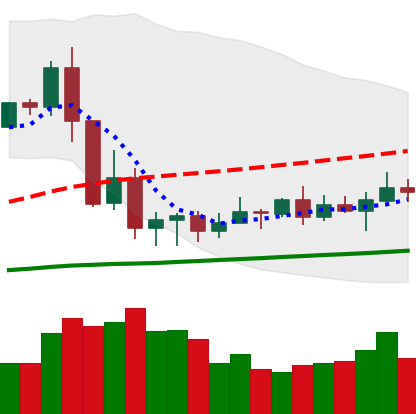
Ticker: XRP-USD
Chart end date: 2020-09-18
Forward return: -11.761%
Label: down_7plus